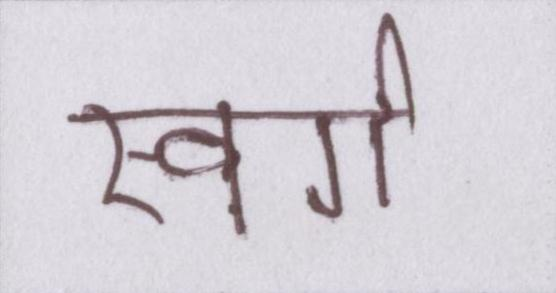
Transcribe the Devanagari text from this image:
स्वर्ग